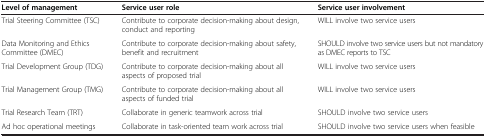
<table><thead><tr><td><b>Level of management</b></td><td><b>Service user role</b></td><td><b>Service user involvement</b></td></tr></thead><tbody><tr><td>Trial Steering Committee (TSC)</td><td>Contribute to corporate decision-making about design, conduct and reporting</td><td>WILL involve two service users</td></tr><tr><td>Data Monitoring and Ethics Committee (DMEC)</td><td>Contribute to corporate decision-making about safety, benefit and recruitment</td><td>SHOULD involve two service users but not mandatory as DMEC reports to TSC</td></tr><tr><td>Trial Development Group (TDG)</td><td>Contribute to corporate decision-making about all aspects of proposed trial</td><td>WILL involve two service users</td></tr><tr><td>Trial Management Group (TMG)</td><td>Contribute to corporate decision-making about all aspects of funded trial</td><td>WILL involve two service users</td></tr><tr><td>Trial Research Team (TRT)</td><td>Collaborate in generic teamwork across trial</td><td>SHOULD involve two service users</td></tr><tr><td>Ad hoc operational meetings</td><td>Collaborate in task-oriented team work across trial</td><td>SHOULD involve two service users when feasible</td></tr></tbody></table>